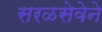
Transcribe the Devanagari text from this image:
सरळसेवेने